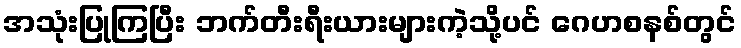
အသုံးပြုကြပြီး ဘက်တီးရီးယားများကဲ့သို့ပင် ဂေဟစနစ်တွင်